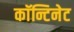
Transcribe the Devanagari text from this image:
काॅन्टिनेट